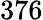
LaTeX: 376